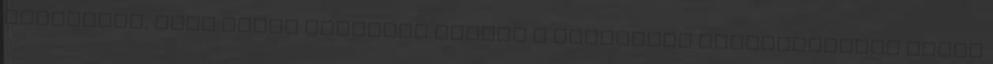
köszönjük, hogy sokan komolyan vették a sírhelyek újraváltására szóló